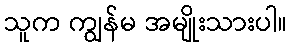
သူက ကျွန်မ အမျိုးသားပါ။